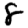
Digit: 8